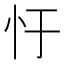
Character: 𢖳